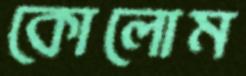
কোলোম